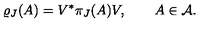
\varrho _ { J } ( A ) = V ^ { * } \pi _ { J } ( A ) V , \qquad A \in { \cal A } .